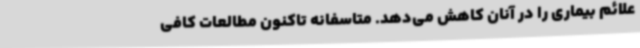
علائم بیماری را در آنان کاهش می‌دهد. متاسفانه تاکنون مطالعات کافی